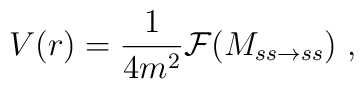
V(r) = {1\over 4m^2} {\cal F} (M_{ss \rightarrow ss})~,